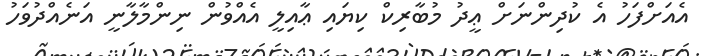
އެއަށްފަހު އެ ކުދިންނަށް ޢީދު މުބާރިކް ކިޔައި ޢާއިލީ އެއްވުން ނިންމާލާނީ އަނެއްދުވަހު